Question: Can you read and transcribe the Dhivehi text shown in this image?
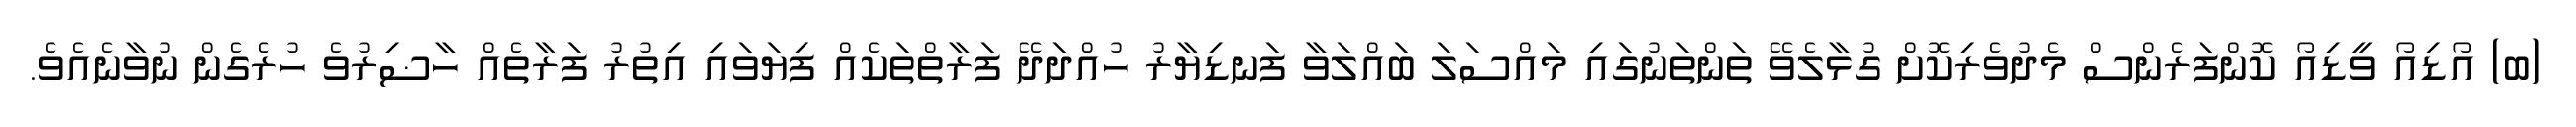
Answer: (ބ) އޯޑިއޯ ވީޑިއޯ ކޮންފަރެންސް މެދުވެރިކޮށް ގުޅާލެވޭ ތަންތަނުގައި މައްސަލަ ބައްލަވާ ފަނޑިޔާރު ހުއްދަދޭ ފަރާތްތަކެއް ފިޔަވައި އިތުރު ފަރާތެއް ހާޟިރުވެ ހުރެގެން ނުވާނެއެވެ.